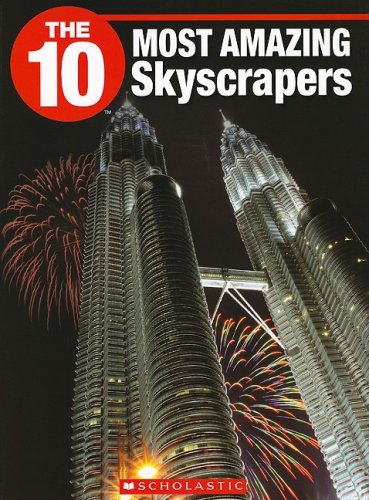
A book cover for The 10 Most Amazing Skyscrapers (10 (Franklin Watts)); Lauren Scremin; Teen & Young Adult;